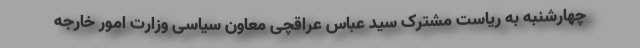
چهارشنبه به ریاست مشترک سید عباس عراقچی معاون سیاسی وزارت امور خارجه